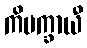
ကိမက္ခာယီ